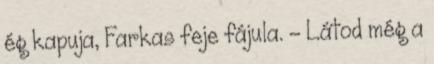
ég kapuja, Farkas feje fájula. - Látod még a